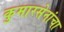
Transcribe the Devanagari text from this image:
कुमारसेनांचा